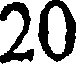
20